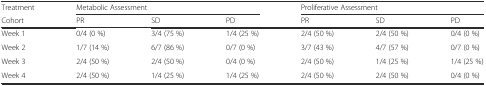
<table><thead><tr><td><b>Treatment</b></td><td colspan="3"><b>Metabolic Assessment</b></td><td colspan="3"><b>Proliferative Assessment</b></td></tr><tr><td><b>Cohort</b></td><td><b>PR</b></td><td><b>SD</b></td><td><b>PD</b></td><td><b>PR</b></td><td><b>SD</b></td><td><b>PD</b></td></tr></thead><tbody><tr><td>Week 1</td><td>0/4 (0 %)</td><td>3/4 (75 %)</td><td>1/4 (25 %)</td><td>2/4 (50 %)</td><td>2/4 (50 %)</td><td>0/4 (0 %)</td></tr><tr><td>Week 2</td><td>1/7 (14 %)</td><td>6/7 (86 %)</td><td>0/7 (0 %)</td><td>3/7 (43 %)</td><td>4/7 (57 %)</td><td>0/7 (0 %)</td></tr><tr><td>Week 3</td><td>2/4 (50 %)</td><td>2/4 (50 %)</td><td>0/4 (0 %)</td><td>2/4 (50 %)</td><td>1/4 (25 %)</td><td>1/4 (25 %)</td></tr><tr><td>Week 4</td><td>2/4 (50 %)</td><td>1/4 (25 %)</td><td>1/4 (25 %)</td><td>2/4 (50 %)</td><td>2/4 (50 %)</td><td>0/4 (0 %)</td></tr></tbody></table>